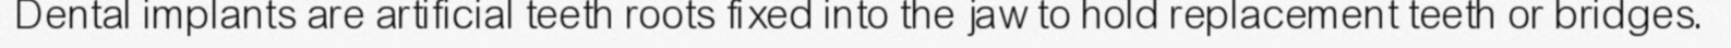
Dental implants are artificial teeth roots fixed into the jaw to hold replacement teeth or bridges.